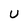
Character: U